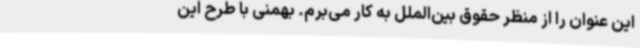
این عنوان را از منظر حقوق بین‌الملل به کار می‌برم. بهمنی با طرح این